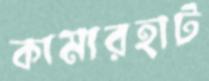
কামারহাট